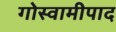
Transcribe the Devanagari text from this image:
गोस्वामीपाद